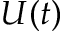
U ( t )